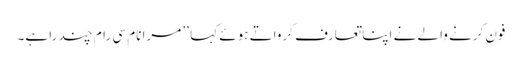
فون کرنے والے نے اپنا تعارف کرواتے ہوئے کہا ’’ مرا نام سی رام چند را ہے۔